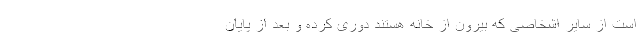
است از سایر اشخاصی که بیرون از خانه هستند دوری کرده و بعد از پایان